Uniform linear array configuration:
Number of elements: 16
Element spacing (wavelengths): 0.25
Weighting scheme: cosine
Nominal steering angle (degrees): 0
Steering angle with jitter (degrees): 0.8678
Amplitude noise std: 0.05
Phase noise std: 0.05

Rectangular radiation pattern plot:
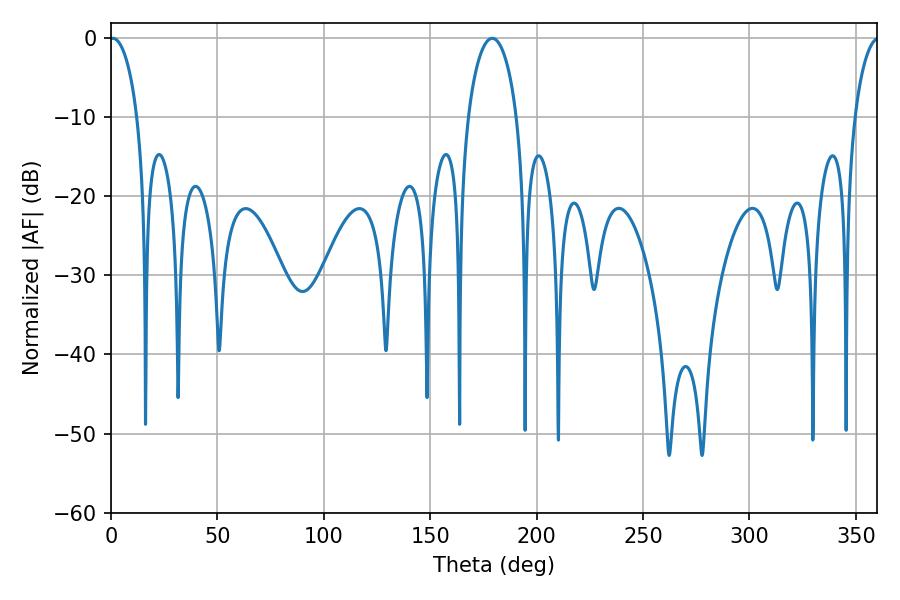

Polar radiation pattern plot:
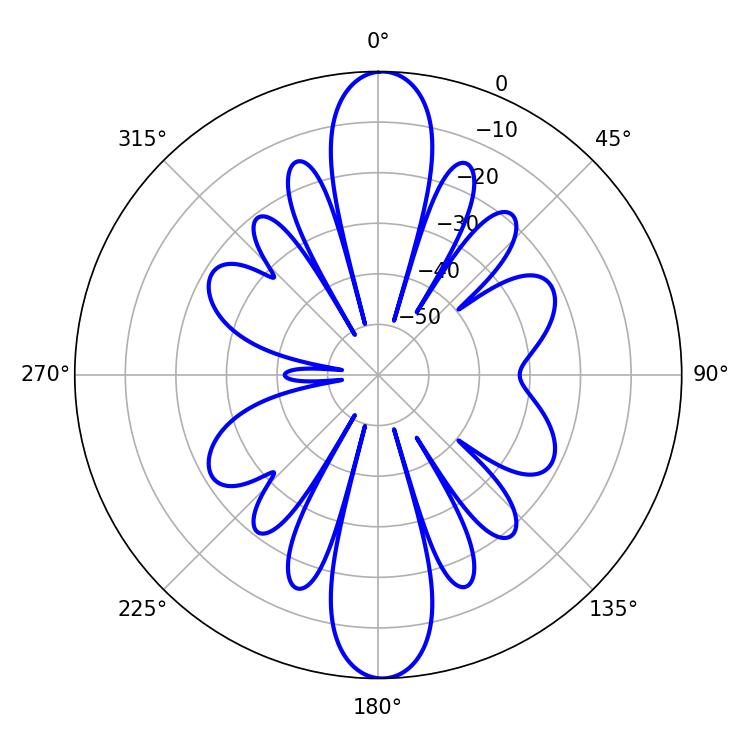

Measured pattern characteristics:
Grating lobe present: FALSE
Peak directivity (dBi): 23.248
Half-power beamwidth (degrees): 7.38
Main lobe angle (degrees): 0.9